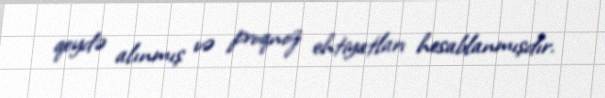
qeydə alınmış və proqnoz ehtiyatları hesablanmışdır.